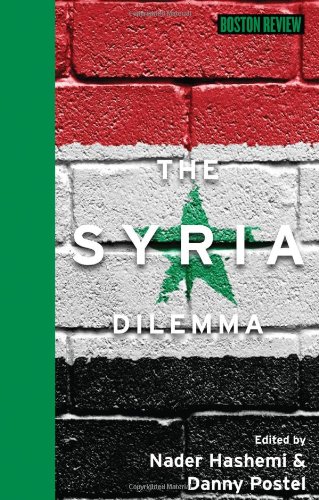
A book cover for The Syria Dilemma (Boston Review Books); History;